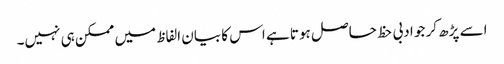
اسے پڑھ کر جو ادبی حظ حاصل ہوتا ہے اس کا بیان الفاظ میں ممکن ہی نہیں۔